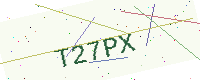
Text: T27PX